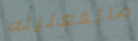
ماتفعلينه